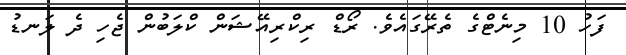
ފަހު 10 މިނެޓްގެ ތެރޭގައެވެ. ރޯޑް ރިކްރިއޭޝަން ކްލަބުން ޖެހި ދެ ލަނޑު